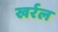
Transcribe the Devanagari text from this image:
खर्रल